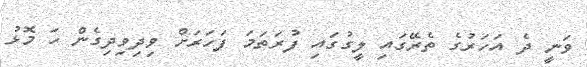
ވަނީ ދެ އަހަރުގެ ތެރޭގައި ލީގުގައި ފުރަތަމަ ފަހަރަށް ވިދިވިދިގެން ހަ މޮޅު